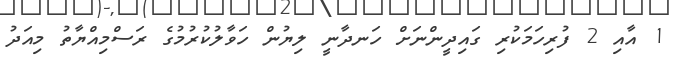
1 އާއި 2 ފުރިހަމަކުރި ގައިދީންނަށް ހަނދާނީ ލިޔުން ހަވާލުކުރުމުގެ ރަސްމިއްޔާތު މިއަދު